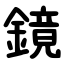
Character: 鏡